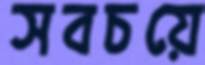
সবচয়ে